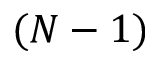
( N - 1 )